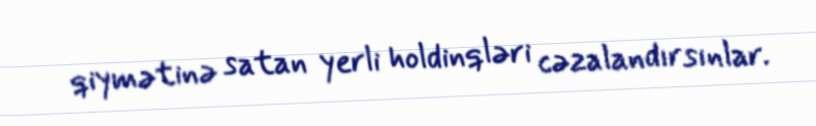
qiymətinə satan yerli holdinqləri cəzalandırsınlar.